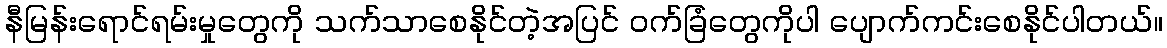
နီမြန်းရောင်ရမ်းမှုတွေကို သက်သာစေနိုင်တဲ့အပြင် ဝက်ခြံတွေကိုပါ ပျောက်ကင်းစေနိုင်ပါတယ်။